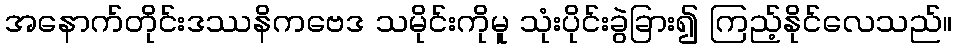
အနောက်တိုင်းဒဿနိကဗေဒ သမိုင်းကိုမူ သုံးပိုင်းခွဲခြား၍ ကြည့်နိုင်လေသည်။